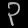
Digit: ၃